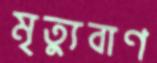
মৃত্যুবাণ